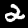
Digit: 2